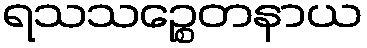
ရသသဉ္စေတနာယ